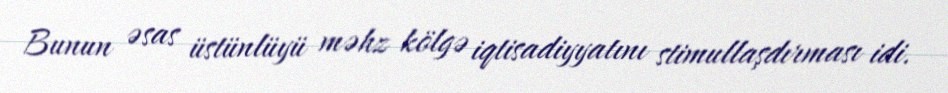
Bunun əsas üstünlüyü məhz kölgə iqtisadiyyatını stimullaşdırması idi.